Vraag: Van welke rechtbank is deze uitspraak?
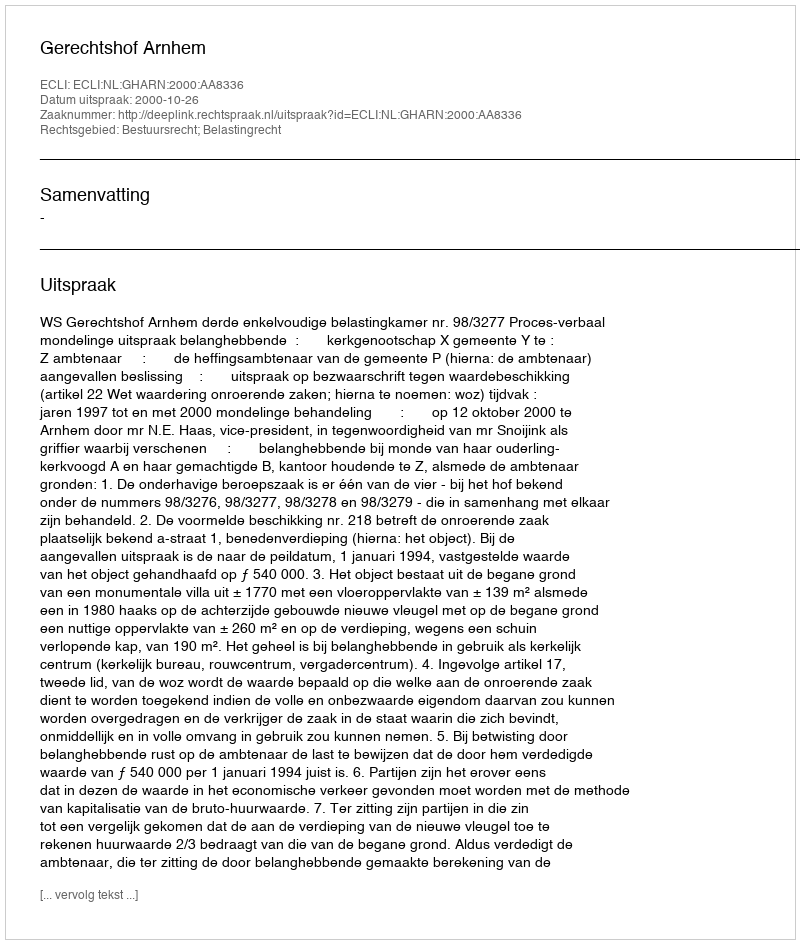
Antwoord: Gerechtshof Arnhem